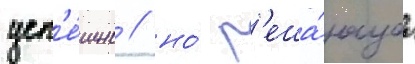
усп'е́шно / но́ р'еша́ющаа